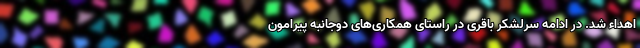
اهداء شد. در ادامه سرلشکر باقری در راستای همکاری‌های دوجانبه پیرامون